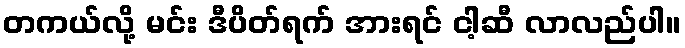
တကယ်လို့ မင်း ဒီပိတ်ရက် အားရင် ငါ့ဆီ လာလည်ပါ။